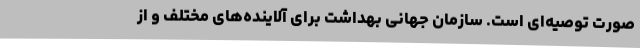
صورت توصیه‌ای است. سازمان جهانی بهداشت برای آلاینده‌های مختلف و از